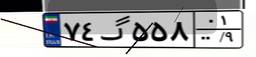
۲۲گ۴۸۴۶۳